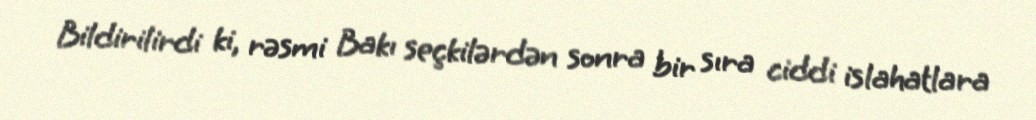
Bildirilirdi ki, rəsmi Bakı seçkilərdən sonra bir sıra ciddi islahatlara